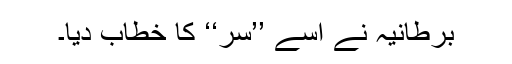
برطانیہ نے اسے ’’سر‘‘ کا خطاب دیا۔